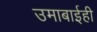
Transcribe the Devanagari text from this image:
उमाबाईही